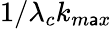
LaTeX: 1/\lambda_{c}k_{m\mathsf{a}x}